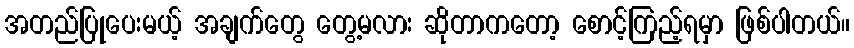
အတည်ပြုပေးမယ့် အချက်တွေ တွေ့မလား ဆိုတာကတော့ စောင့်ကြည့်ရမှာ ဖြစ်ပါတယ်။